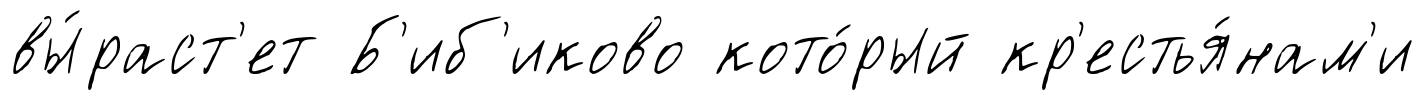
вы́раст'ет Б'иб'иково кото́рый кр'естья́нам'и